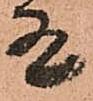
有